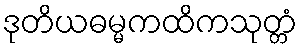
ဒုတိယဓမ္မကထိကသုတ္တံ